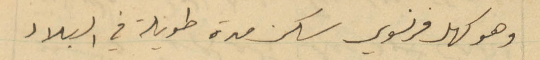
وهو كهل فرنسوي سكن مدة طويلة في البلاد